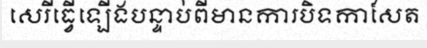
សេរីធ្វើឡើងបន្ទាប់ពីមានការបិទកាសែត